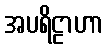
အပရိဠာဟာ